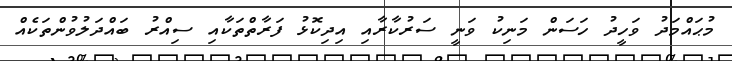
މުޙައްމަދު ވަހީދު ހަސަން މަނިކު ވަނީ ސަރުކާރާއި އިދިކޮޅު ފަރާތްތަކާއި ސިއްރު ބައްދަލުވުންތަކެއް